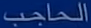
الحاجب